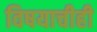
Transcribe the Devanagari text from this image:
विषयाचीही